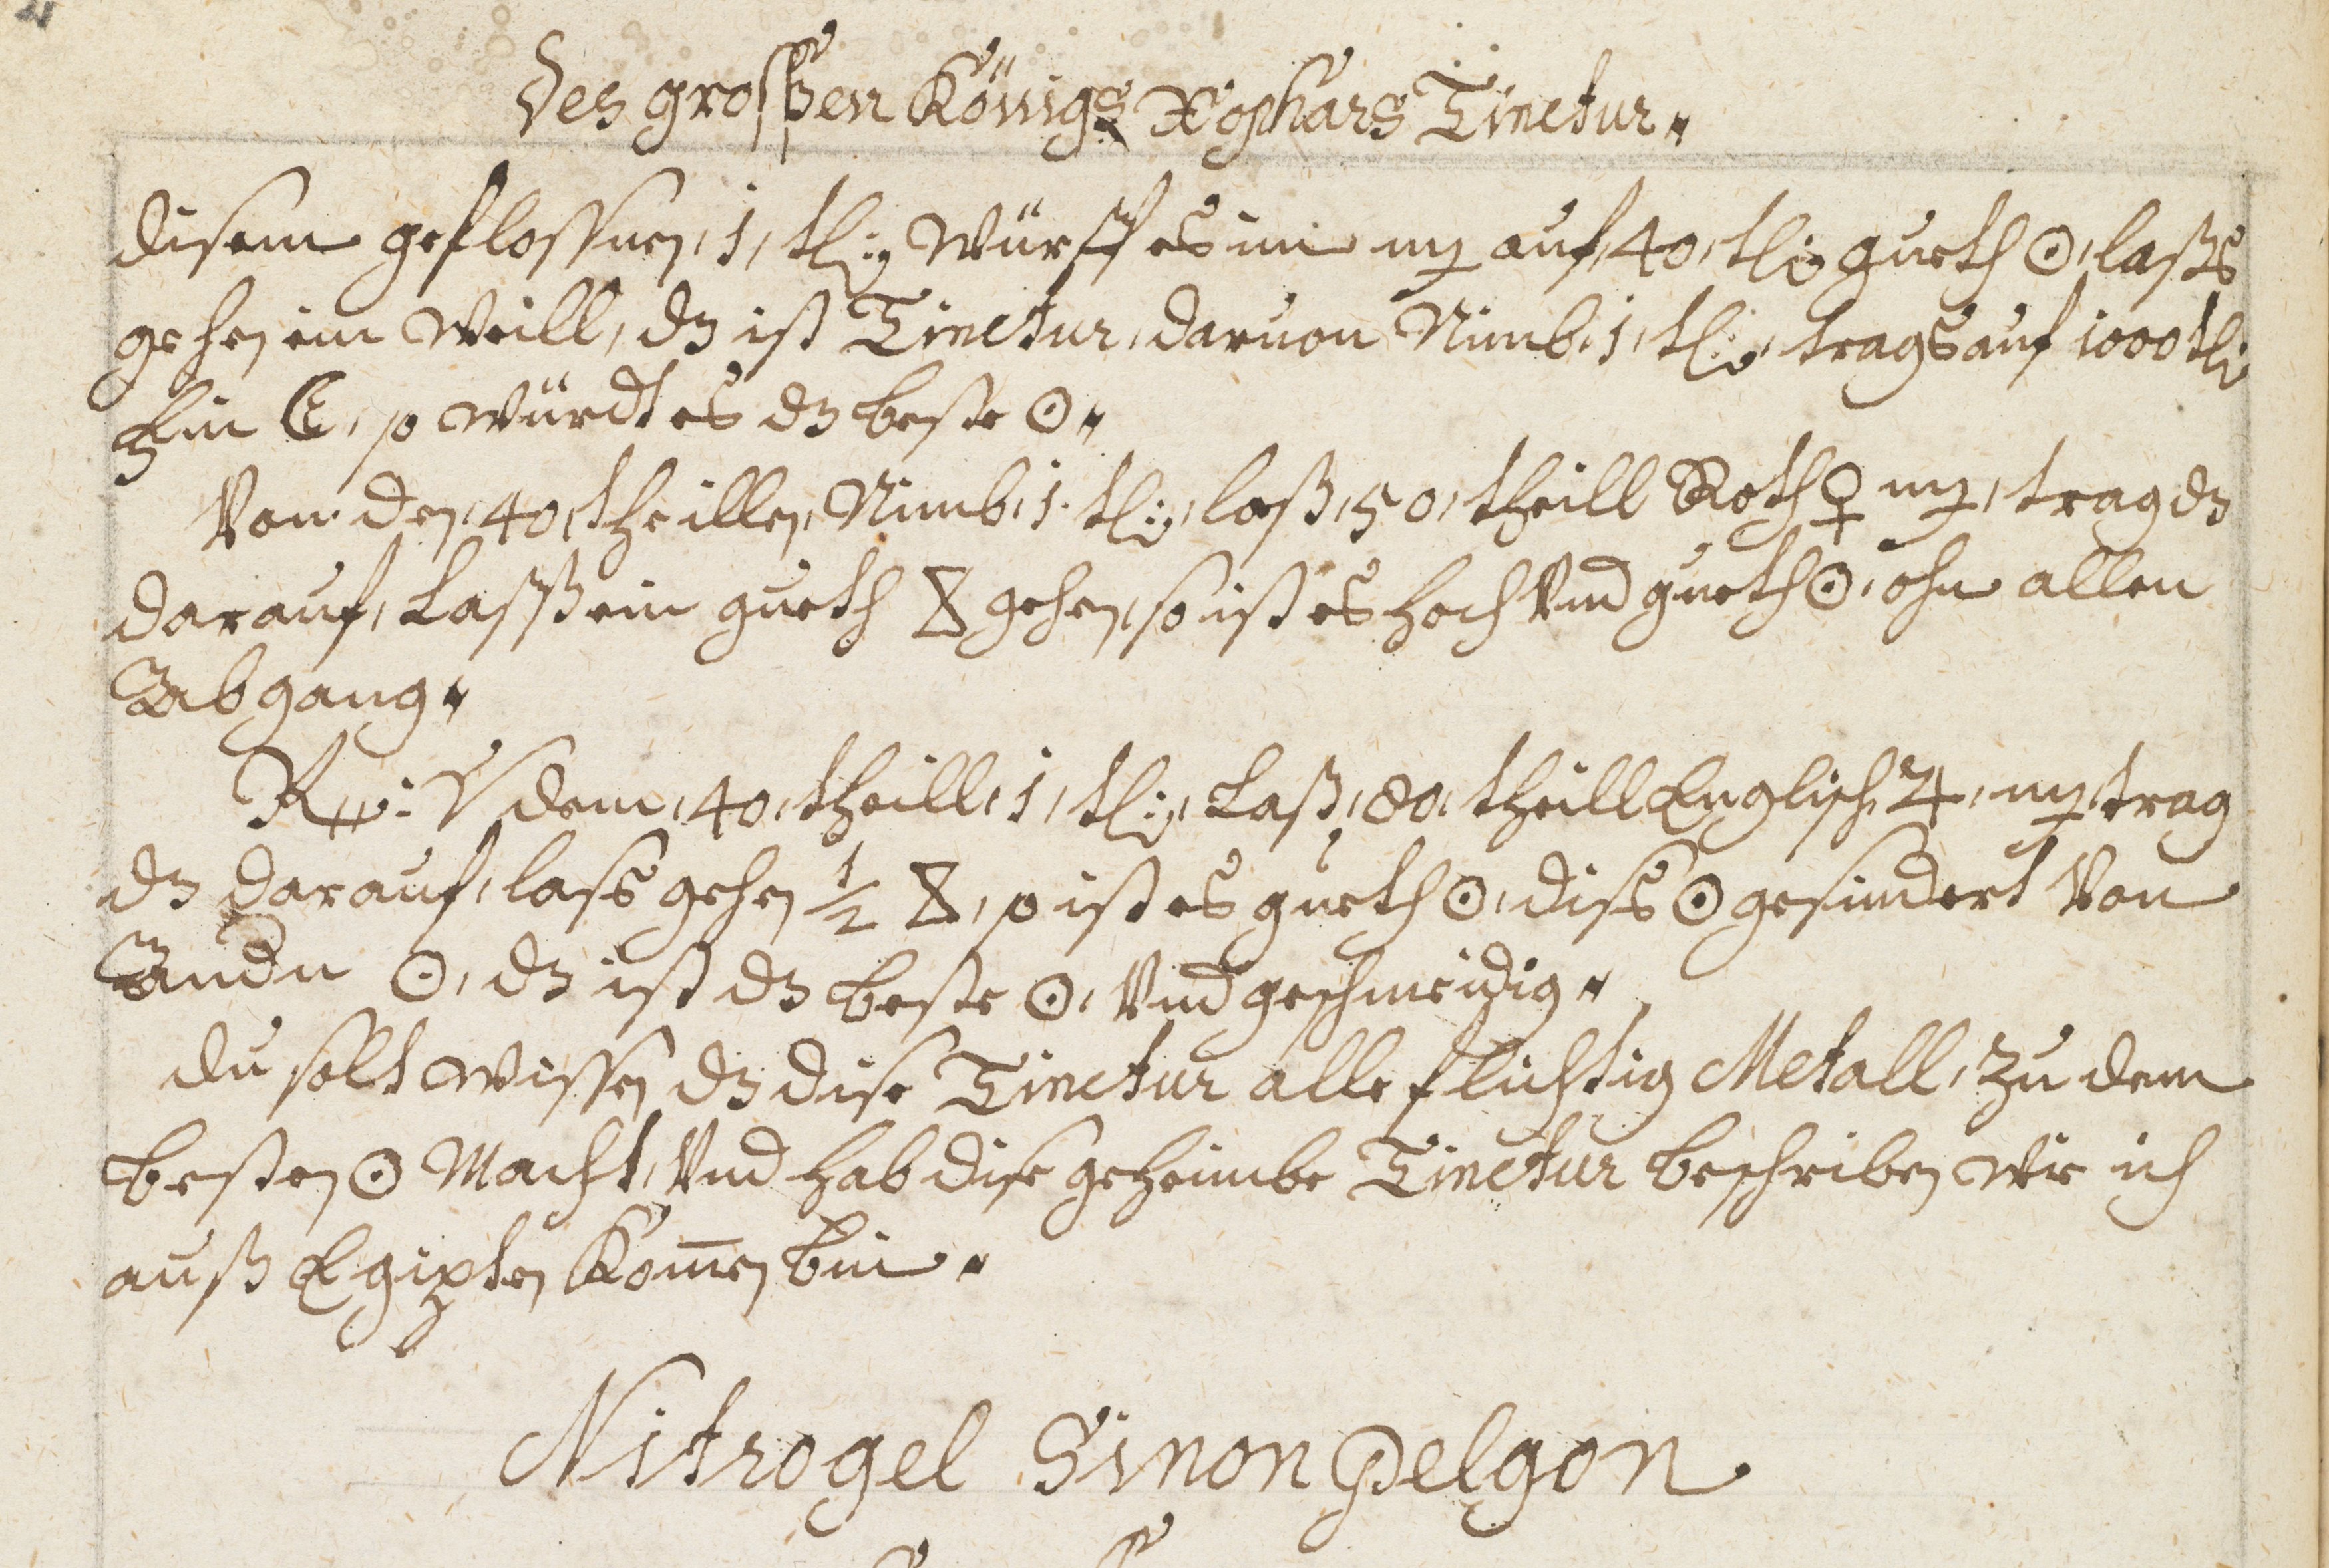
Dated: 1598–1699